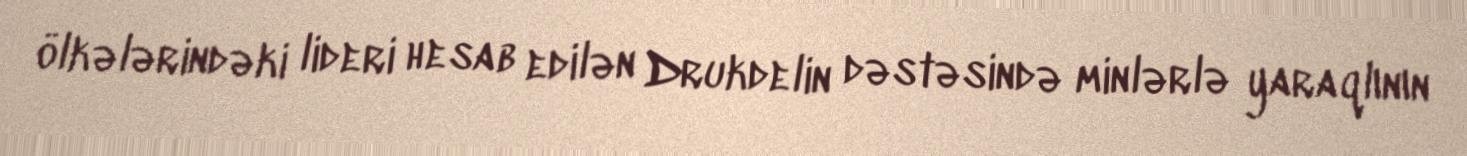
ölkələrindəki lideri hesab edilən Drukdelin dəstəsində minlərlə yaraqlının